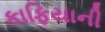
કાફિયાની